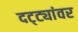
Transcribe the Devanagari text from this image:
दट्ट्यांवर